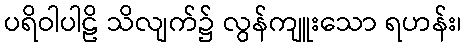
ပရိဝါပါဠိ သိလျက်၌ လွန်ကျူးသော ရဟန်း၊